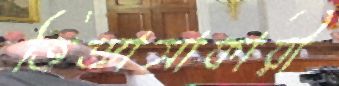
জিজ্ঞাসাকারী